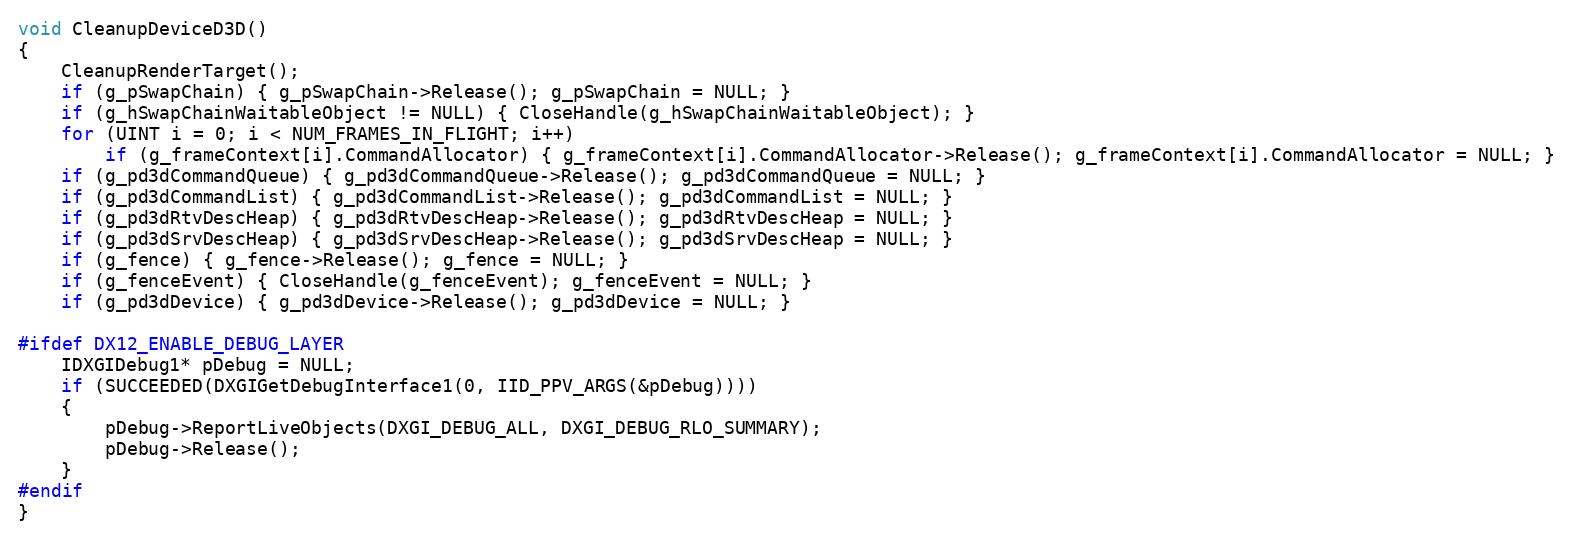
Language: C++
void CleanupDeviceD3D()
{
    CleanupRenderTarget();
    if (g_pSwapChain) { g_pSwapChain->Release(); g_pSwapChain = NULL; }
    if (g_hSwapChainWaitableObject != NULL) { CloseHandle(g_hSwapChainWaitableObject); }
    for (UINT i = 0; i < NUM_FRAMES_IN_FLIGHT; i++)
        if (g_frameContext[i].CommandAllocator) { g_frameContext[i].CommandAllocator->Release(); g_frameContext[i].CommandAllocator = NULL; }
    if (g_pd3dCommandQueue) { g_pd3dCommandQueue->Release(); g_pd3dCommandQueue = NULL; }
    if (g_pd3dCommandList) { g_pd3dCommandList->Release(); g_pd3dCommandList = NULL; }
    if (g_pd3dRtvDescHeap) { g_pd3dRtvDescHeap->Release(); g_pd3dRtvDescHeap = NULL; }
    if (g_pd3dSrvDescHeap) { g_pd3dSrvDescHeap->Release(); g_pd3dSrvDescHeap = NULL; }
    if (g_fence) { g_fence->Release(); g_fence = NULL; }
    if (g_fenceEvent) { CloseHandle(g_fenceEvent); g_fenceEvent = NULL; }
    if (g_pd3dDevice) { g_pd3dDevice->Release(); g_pd3dDevice = NULL; }

#ifdef DX12_ENABLE_DEBUG_LAYER
    IDXGIDebug1* pDebug = NULL;
    if (SUCCEEDED(DXGIGetDebugInterface1(0, IID_PPV_ARGS(&pDebug))))
    {
        pDebug->ReportLiveObjects(DXGI_DEBUG_ALL, DXGI_DEBUG_RLO_SUMMARY);
        pDebug->Release();
    }
#endif
}